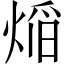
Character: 㷔